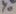
Text: Y0